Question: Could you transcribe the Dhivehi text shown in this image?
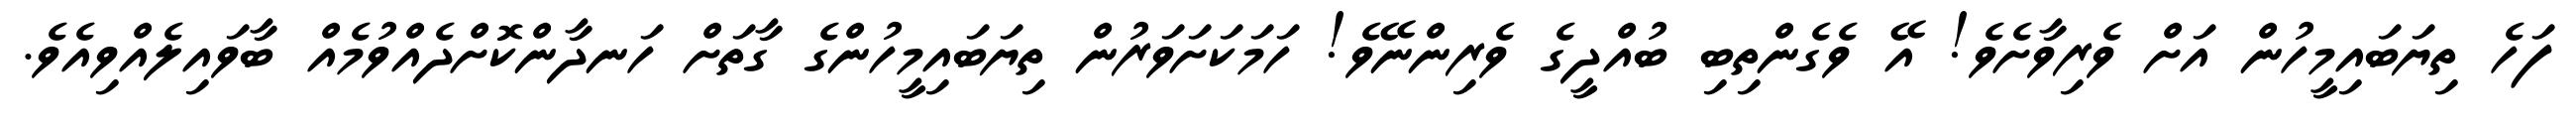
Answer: ފަހެ ތިޔަބައިމީހުން އަށް ވެރިވާށެވެ! އޭ ވެގެންތިބި ބުއްދީގެ ވެރިންނޭވެ! ހަމަކަށަވަރުން ތިޔަބައިމީހުންގެ ގާތަށް ހަނދާންކޮށްދެއްވުމެއް ބާވައިލެއްވިއެވެ.